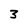
Character: 3